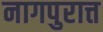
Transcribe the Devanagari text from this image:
नागपुरात्त